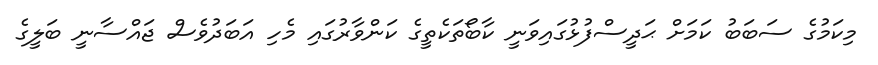
މިކަމުގެ ސަބަބު ކަމަށް ޙަދީސްފުޅުގައިވަނީ ކާބޯތަކެތީގެ ކަންވާރުގައި މެހި އަބަދުވެސް ޖައްސާނީ ބަލީގެ